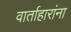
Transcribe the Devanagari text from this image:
वार्ताहारांना